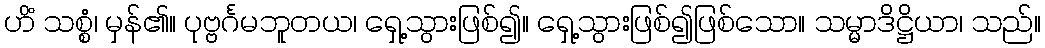
ဟိံ သစ္စံ၊ မှန်၏။ ပုဗ္ဗင်္ဂမဘူတယ၊ ရှေ့သွားဖြစ်၍။ ရှေ့သွားဖြစ်၍ဖြစ်သော။ သမ္မာဒိဋ္ဌိယာ၊ သည်။